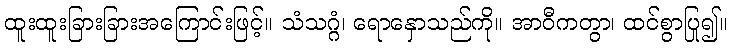
ထူးထူးခြားခြားအကြောင်းဖြင့်။ သံသဂ္ဂံ၊ ရောနှောသည်ကို။ အာဝီကတွာ၊ ထင်စွာပြု၍။